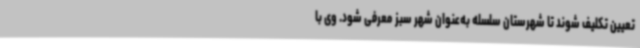
تعیین تکلیف شوند تا شهرستان سلسله به‌عنوان شهر سبز معرفی شود. وی با